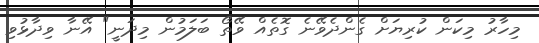
މިހާރު މިކަން ކުރިޔަށް ގެންދެވޭނެ ގޮތެއް ވޭތޯ ބަލަމުން މިދަނީ" އޭނާ ވިދާޅުވި